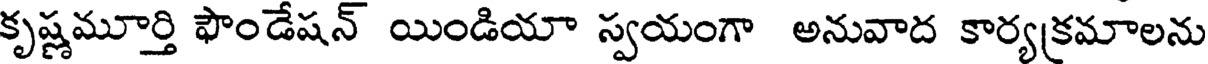
కృష్ణమూర్తి ఫౌండేషన్ యిండియా స్వయంగా అనువాద కార్యక్రమాలను